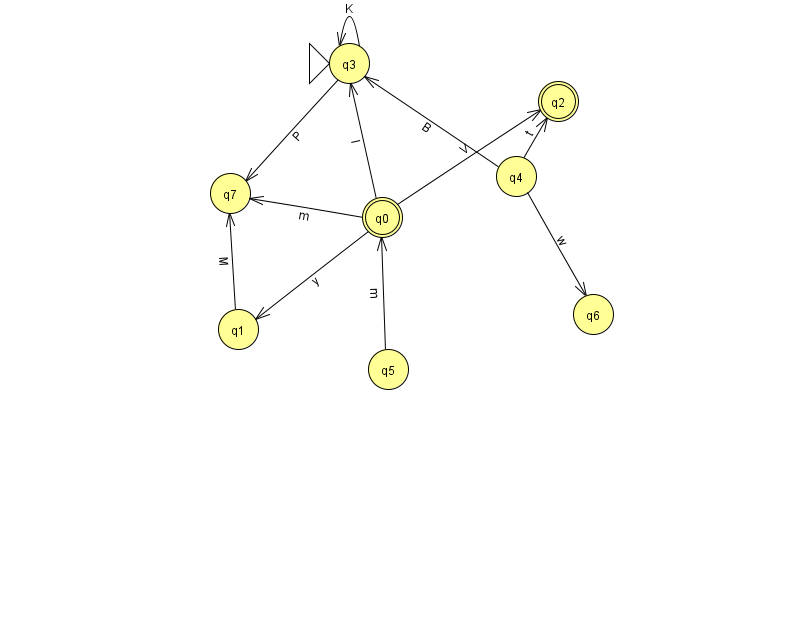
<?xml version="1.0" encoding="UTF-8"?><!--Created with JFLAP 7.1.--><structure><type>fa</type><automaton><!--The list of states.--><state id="0" name="q0"><x>382.0</x><y>204.0</y><final/></state><state id="1" name="q1"><x>238.0</x><y>316.0</y></state><state id="2" name="q2"><x>558.0</x><y>88.0</y><final/></state><state id="3" name="q3"><x>349.0</x><y>50.0</y><initial/></state><state id="4" name="q4"><x>516.0</x><y>163.0</y></state><state id="5" name="q5"><x>388.0</x><y>356.0</y></state><state id="6" name="q6"><x>593.0</x><y>301.0</y></state><state id="7" name="q7"><x>230.0</x><y>180.0</y></state><!--The list of transitions.--><transition><from>4</from><to>6</to><read>w</read></transition><transition><from>1</from><to>7</to><read>M</read></transition><transition><from>5</from><to>0</to><read>m</read></transition><transition><from>0</from><to>1</to><read>y</read></transition><transition><from>0</from><to>3</to><read>l</read></transition><transition><from>0</from><to>2</to><read>V</read></transition><transition><from>4</from><to>2</to><read>t</read></transition><transition><from>0</from><to>7</to><read>m</read></transition><transition><from>3</from><to>3</to><read>K</read></transition><transition><from>4</from><to>3</to><read>B</read></transition><transition><from>3</from><to>7</to><read>P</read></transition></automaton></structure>